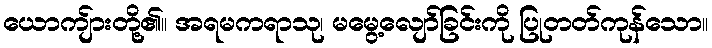
ယောကျ်ားတို့၏။ အရမကရာသု၊ မမွေ့လျော်ခြင်းကို ပြုတတ်ကုန်သော။